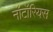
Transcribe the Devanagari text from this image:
नॉटॉरियस